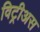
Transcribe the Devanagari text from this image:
विट्रीअस